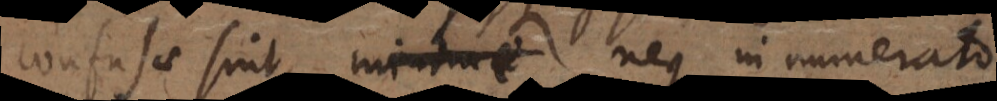
confusae sint, neque in numerato